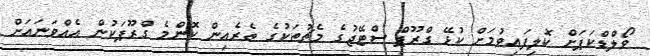
ވޯލްޑްކަޕަށް ކޮލިފައިވުމަށް ކުޅޭ ގްރޫޕް ސްޓޭޖުގެ މެޗުތަކުގެ ތެރެއިން ކޮންމެ ގްރޫޕަކުން އެއްވަނައަށް